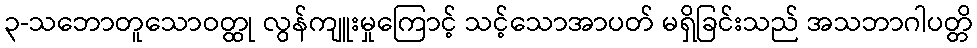
၃-သဘောတူသောဝတ္ထု လွန်ကျူးမှုကြောင့် သင့်သောအာပတ် မရှိခြင်းသည် အသဘာဂါပတ္တိ